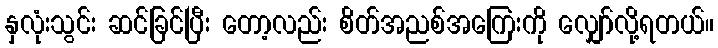
နှလုံးသွင်း ဆင်ခြင်ပြီး တော့လည်း စိတ်အညစ်အကြေးကို လျှော်လို့ရတယ်။